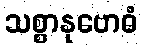
သစ္စာနုဗောဓံ